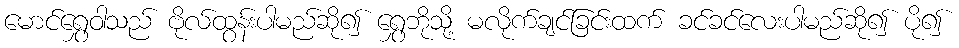
မောင်ရွှေဝါသည် ဗိုလ်ထွန်းပါမည်ဆို၍ ရွှေဘိုသို့ မလိုက်ချင်ခြင်းထက် ခင်ခင်လေးပါမည်ဆို၍ ပို၍